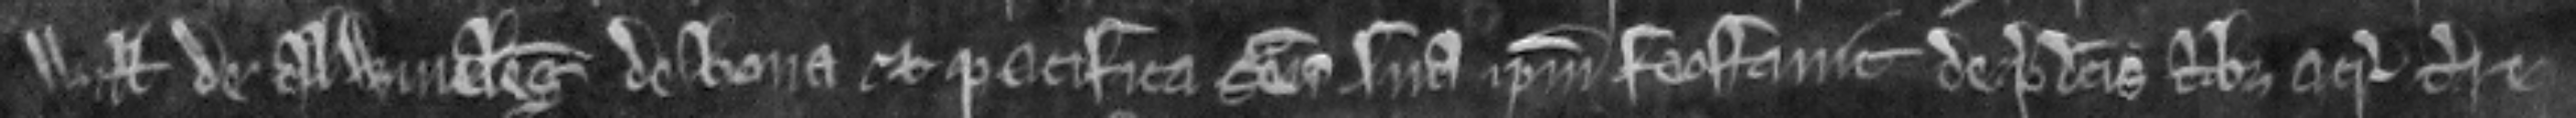
Willemi de Alwineleg de bona et pacifica seisina sua ipsum feoffavit de predictis tribus acris terre.